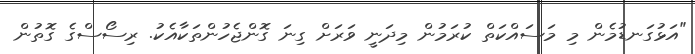
"އަޅުގަނޑުމެން މި މަސައްކަތް ކުރަމުން މިދަނީ ވަރަށް ގިނަ ގޮންޖެހުންތަކާއެކު. ރިސޯސްގެ ގޮތުން